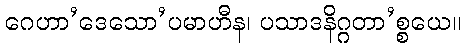
ဂေဟာ’ဒေသော’ပမာဟီန၊ ပသာဒနိဂ္ဂတာ’စ္စယေ။